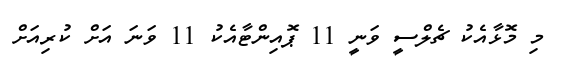
މި މޮޅާއެކު ޗެލްސީ ވަނީ 11 ޕޮއިންޓާއެކު 11 ވަނަ އަށް ކުރިއަށް